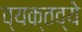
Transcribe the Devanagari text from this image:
व्यक्तव्ये